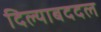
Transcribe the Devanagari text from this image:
दिल्याबददल